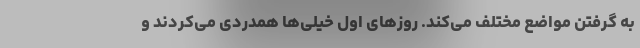
به گرفتن مواضع مختلف می‌کند. روز‌های اول خیلی‌ها همدردی می‌کردند و